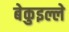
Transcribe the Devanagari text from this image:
बेकुइल्ले